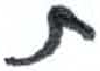
אות: ת